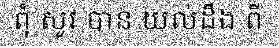
ពុំ សូវ បាន យល់ដឹង ពី